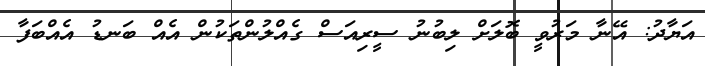
އަޔާދު: އޭނާ މަރުވީ ބޮލަށް ލިބުނު ސީރިއަސް ގެއްލުންތަކުން އެއް ބަނޑު އެއްބަފާ